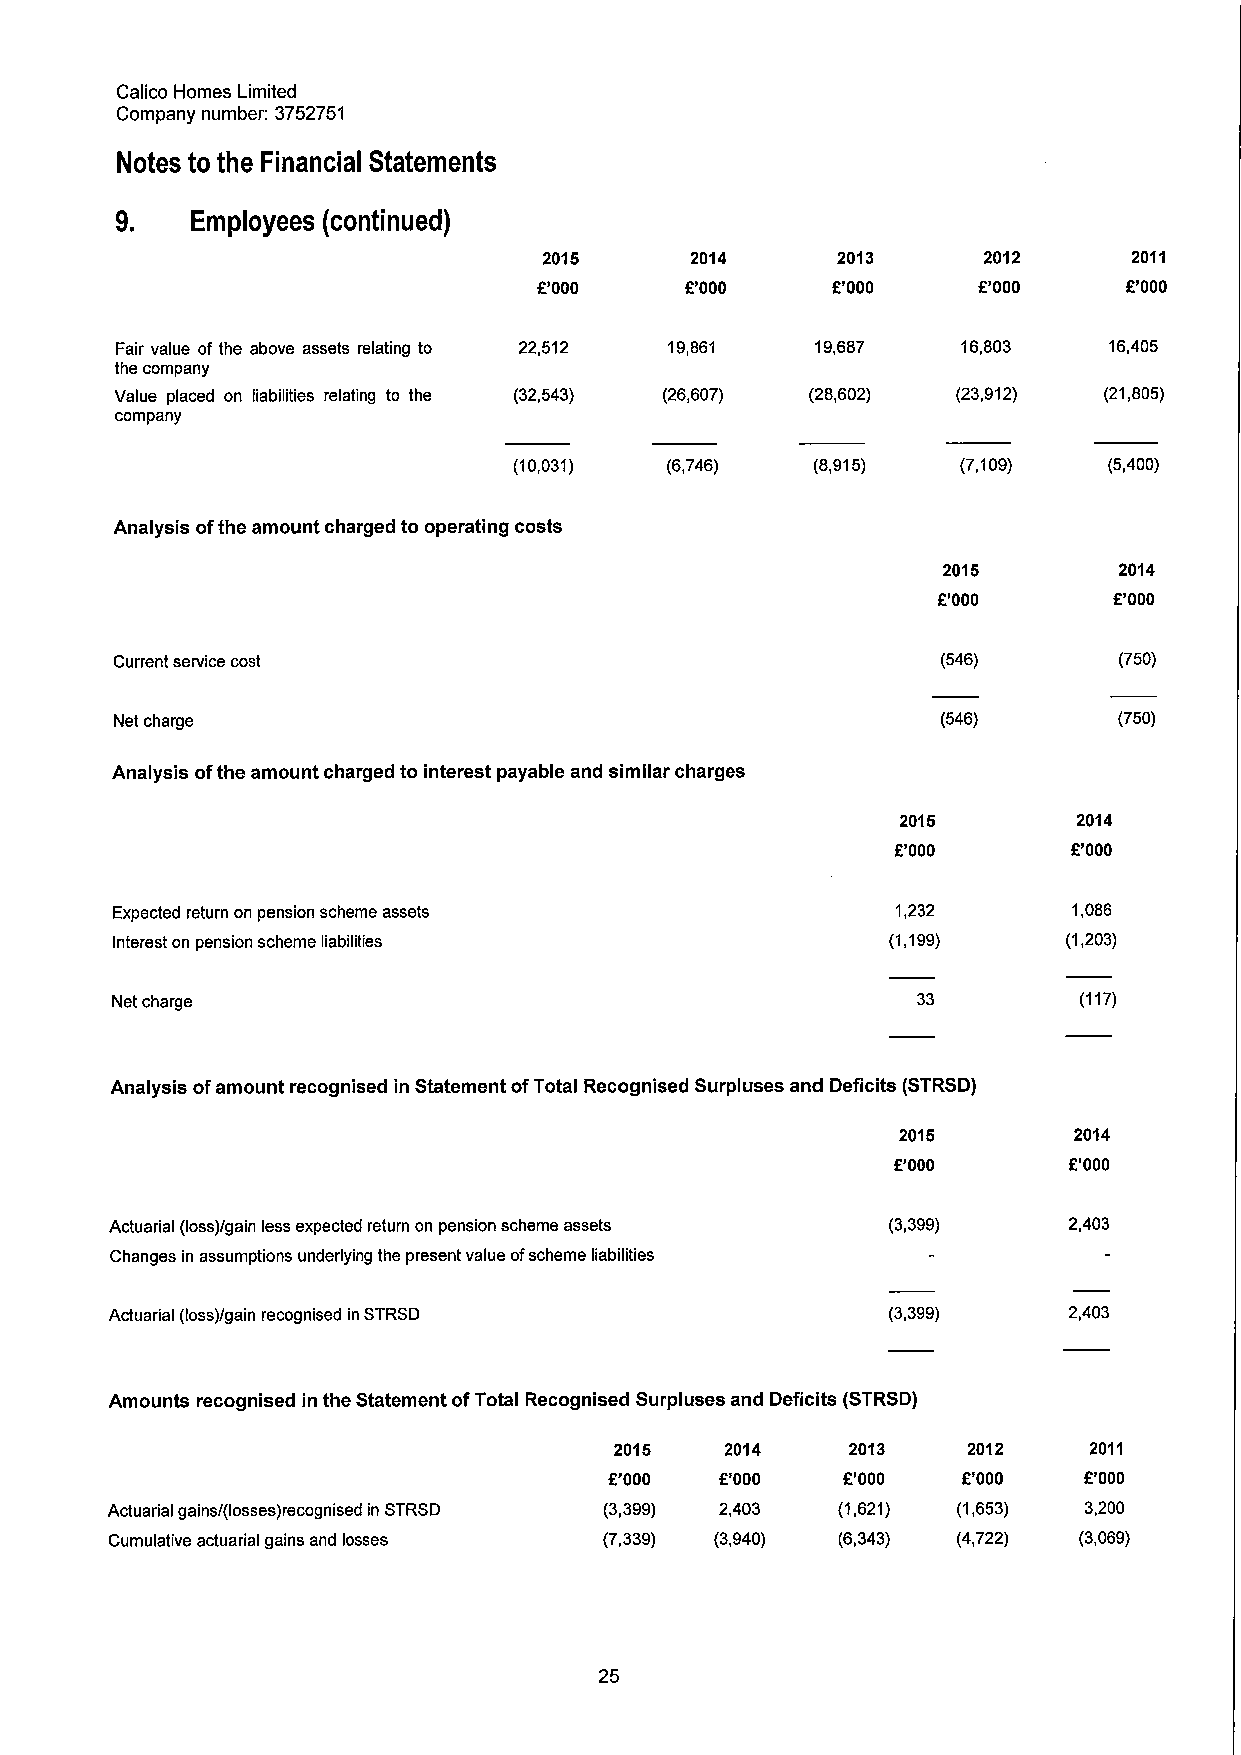
Calico Homes Limited
 Company number: 3752751
 Notes to the Financial Statements
 9.   Employees (continuedj
 2015      2014     2013      2012      2011
 f'000    f'000     f'000     f'000    f'000
 Fair value of the above assets relating to 22,512 19,861 19,687 16,803 16,405
 the company
 Value placed on liabilities relating to the (32,543) (26,607) (28,602) (23,912) (21,805)
 company
 (10,031)  (6,746)   (8,915)   (7,109)  (5,400)
 Analysis ofthe amount charged to operating costs
 2015        2014
 f'000       f'000
 Current service cost                                  (546)       (750)
 Net charge                                            (546)       (750)
 Analysis ofthe amount charged to interest payable and similar charges
 2016       2014
 f'000       f'000
 Expected return on pension scheme assets            1,232       1,086
 Interest on pension scheme liabilities              (1,199)     (1,203)
 Net charge                                            33        (117)
 Analysis ofamount recognised in Statement ofTotal Recognised Surpluses and Deficits (STRSD)
 2016        2014
 f'000       f'000
 Actuarial (loss)/gain less expected return on pension scheme assets (3,399) 2,403
 Changes in assumptions underlying the present value ofscheme liabilities
 Actuarial (loss)/gain recognised in STRSD           (3,399)     2,403
 Amounts recognised in the Statement ofTotal Recognised Surpluses and Deficits (STRSD)
 2016   2014    2013    2012    2011
 f'000   f'000   f'000   f'000   f'000
 Actuarial gains/(losses)recognised in STRSD (3,399) 2,403 (1,621) (1,653) 3,200
 Cumulative actuarial gains and losses (7,339) (3,940) (6,343) (4,722) (3,069)
 25